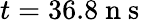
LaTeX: t=36.8\mathrm{~n~s~}